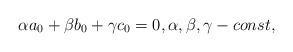
LaTeX: \begin{align*} \alpha a_0+\beta b_0+\gamma c_0=0,\alpha, \beta, \gamma - const, \end{align*}